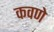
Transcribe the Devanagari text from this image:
कवणे